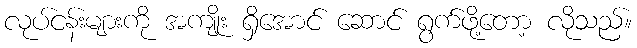
လုပ်ငန်းများကို အကျိုး ရှိအောင် ဆောင် ရွက်ဖို့တော့ လိုသည်။